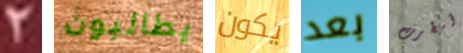
2 يطالبون يكون بعد أمطرت